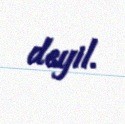
deyil.